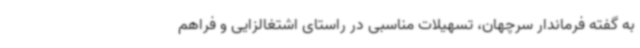
به گفته فرماندار سرچهان، تسهیلات مناسبی در راستای اشتغالزایی و فراهم